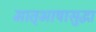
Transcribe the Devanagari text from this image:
मातृभाषासुद्धा